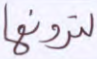
لترونها